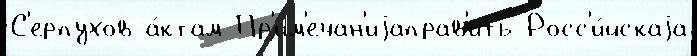
С'ерпухов а́ктам Пр'им'ечан'иjаправ'ить Росс'и́йскаjа